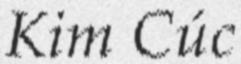
Kim Cúc